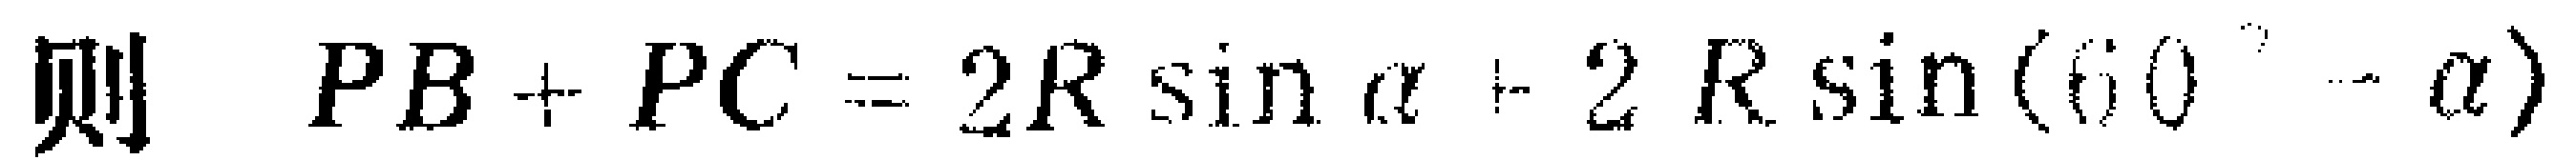
则 \(PB + PC = 2R\sin\alpha+2R\sin(60^{\circ}-\alpha)\)